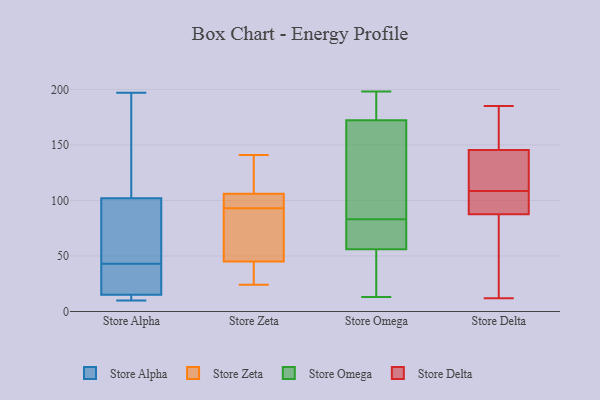
{"axis": {"x": "Production Output", "y": "Value"}, "legend": ["Store Alpha", "Store Delta", "Store Omega", "Store Zeta"], "data": [{"x": "", "y": 117, "type": "Store Alpha"}, {"x": "", "y": 17, "type": "Store Alpha"}, {"x": "", "y": 133, "type": "Store Alpha"}, {"x": "", "y": 197, "type": "Store Alpha"}, {"x": "", "y": 66, "type": "Store Alpha"}, {"x": "", "y": 19, "type": "Store Alpha"}, {"x": "", "y": 11, "type": "Store Alpha"}, {"x": "", "y": 10, "type": "Store Alpha"}, {"x": "", "y": 97, "type": "Store Alpha"}, {"x": "", "y": 43, "type": "Store Alpha"}, {"x": "", "y": 15, "type": "Store Alpha"}, {"x": "", "y": 15, "type": "Store Alpha"}, {"x": "", "y": 84, "type": "Store Alpha"}, {"x": "", "y": 77, "type": "Store Zeta"}, {"x": "", "y": 45, "type": "Store Zeta"}, {"x": "", "y": 106, "type": "Store Zeta"}, {"x": "", "y": 92, "type": "Store Zeta"}, {"x": "", "y": 24, "type": "Store Zeta"}, {"x": "", "y": 121, "type": "Store Zeta"}, {"x": "", "y": 36, "type": "Store Zeta"}, {"x": "", "y": 141, "type": "Store Zeta"}, {"x": "", "y": 34, "type": "Store Zeta"}, {"x": "", "y": 96, "type": "Store Zeta"}, {"x": "", "y": 94, "type": "Store Zeta"}, {"x": "", "y": 106, "type": "Store Zeta"}, {"x": "", "y": 112, "type": "Store Zeta"}, {"x": "", "y": 62, "type": "Store Zeta"}, {"x": "", "y": 136, "type": "Store Omega"}, {"x": "", "y": 193, "type": "Store Omega"}, {"x": "", "y": 83, "type": "Store Omega"}, {"x": "", "y": 54, "type": "Store Omega"}, {"x": "", "y": 180, "type": "Store Omega"}, {"x": "", "y": 198, "type": "Store Omega"}, {"x": "", "y": 149, "type": "Store Omega"}, {"x": "", "y": 59, "type": "Store Omega"}, {"x": "", "y": 75, "type": "Store Omega"}, {"x": "", "y": 13, "type": "Store Omega"}, {"x": "", "y": 55, "type": "Store Omega"}, {"x": "", "y": 182, "type": "Store Delta"}, {"x": "", "y": 104, "type": "Store Delta"}, {"x": "", "y": 152, "type": "Store Delta"}, {"x": "", "y": 185, "type": "Store Delta"}, {"x": "", "y": 113, "type": "Store Delta"}, {"x": "", "y": 95, "type": "Store Delta"}, {"x": "", "y": 93, "type": "Store Delta"}, {"x": "", "y": 127, "type": "Store Delta"}, {"x": "", "y": 178, "type": "Store Delta"}, {"x": "", "y": 139, "type": "Store Delta"}, {"x": "", "y": 90, "type": "Store Delta"}, {"x": "", "y": 129, "type": "Store Delta"}, {"x": "", "y": 38, "type": "Store Delta"}, {"x": "", "y": 43, "type": "Store Delta"}, {"x": "", "y": 99, "type": "Store Delta"}, {"x": "", "y": 178, "type": "Store Delta"}, {"x": "", "y": 67, "type": "Store Delta"}, {"x": "", "y": 127, "type": "Store Delta"}, {"x": "", "y": 85, "type": "Store Delta"}, {"x": "", "y": 12, "type": "Store Delta"}]}